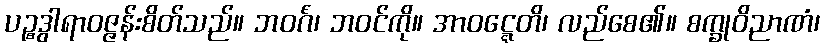
ပဉ္စဒွါရာဝဇ္ဇန်းစိတ်သည်။ ဘဝင်္ဂံ၊ ဘဝင်ကို။ အာဝဋ္ဋေတိ၊ လည်စေ၏။ စက္ခုဝိညာဏံ၊